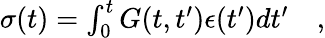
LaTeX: \begin{array}{r}{\sigma(t)=\int_{0}^{t}G(t,t^{\prime}){\epsilon}(t^{\prime})dt^{\prime}\quad,}\end{array}